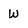
Character: W